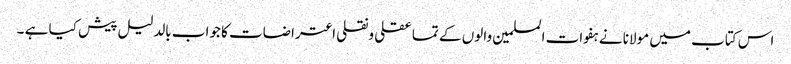
اس کتاب میں مولانا نے ہفوات المسلمین والوں کے تما عقلی ونقلی اعتراضات کا جواب بالدلیل پیش کیا ہے ۔